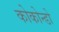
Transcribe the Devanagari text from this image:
कोकोन्डो